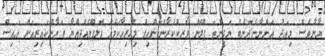
ޔާނާވެސް މިއަދު އަންނާނެ.ދޮންބެ ޔަގީންތަ ޕްލޭން ވޯރކްކުރާނެކަންއިފް މިހުރިހާކަމެއް ފްލޮޕްވެއްޖިއްޔާ ޒަޔާންކައިރިއަށް އައިސް